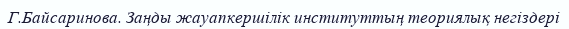
Г.Байсаринова. Заңды жауапкершілік институттың теориялық негіздері